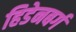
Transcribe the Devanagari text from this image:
हिडेनबर्ग